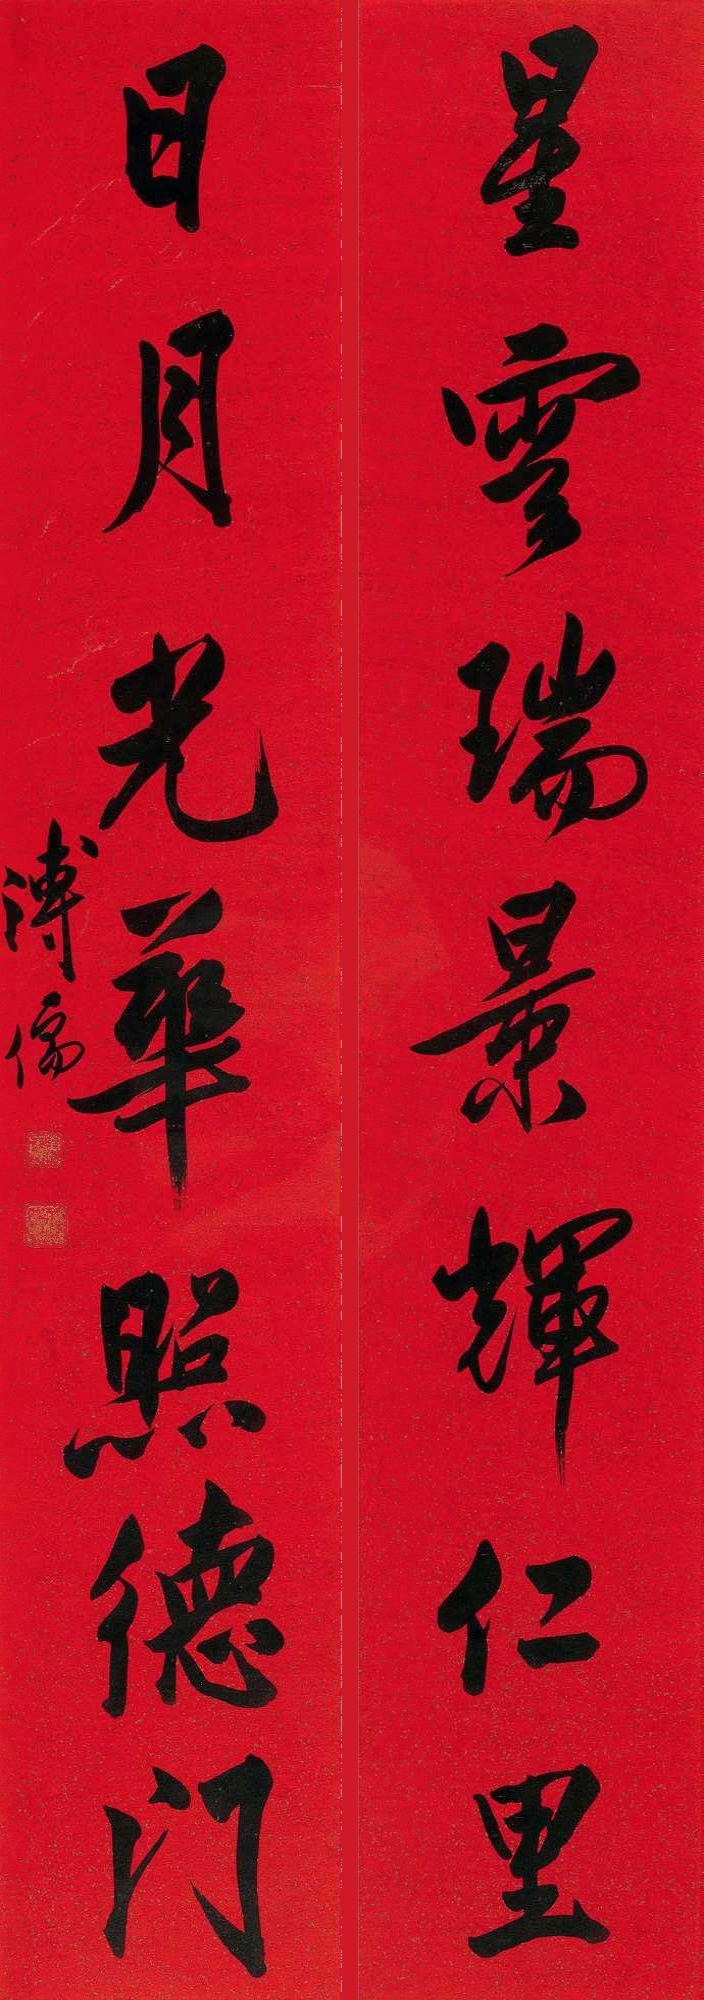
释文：星云瑞景辉仁里，日月光华照德门。溥儒。